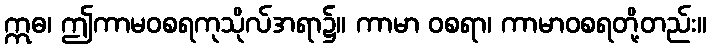
ဣဓ၊ ဤကာမဝစရကုသိုလ်အရာ၌။ ကာမာ ဝစရာ၊ ကာမာဝစရတို့တည်း။